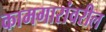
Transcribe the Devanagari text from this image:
कामगारांवरील